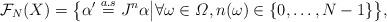
LaTeX: \begin{align*}\mathcal{F}_{N}(X)=\bigl\lbrace\alpha'\overset{a.s}{=}J^n\alpha\big\vert\forall \omega\in\varOmega, n(\omega)\in\lbrace0,\dots,N-1\rbrace \bigr\rbrace,\end{align*}